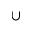
\cup